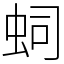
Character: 𧉠